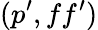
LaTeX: (p^{\prime},ff^{\prime})